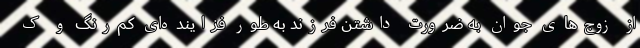
از زوج‌های جوان به ضرورت داشتن فرزند به طور فزاینده‌ای کم‌رنگ و ک